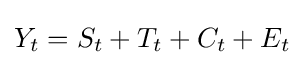
Y_{t}=S_{t}+T_{t}+C_{t}+E_{t}